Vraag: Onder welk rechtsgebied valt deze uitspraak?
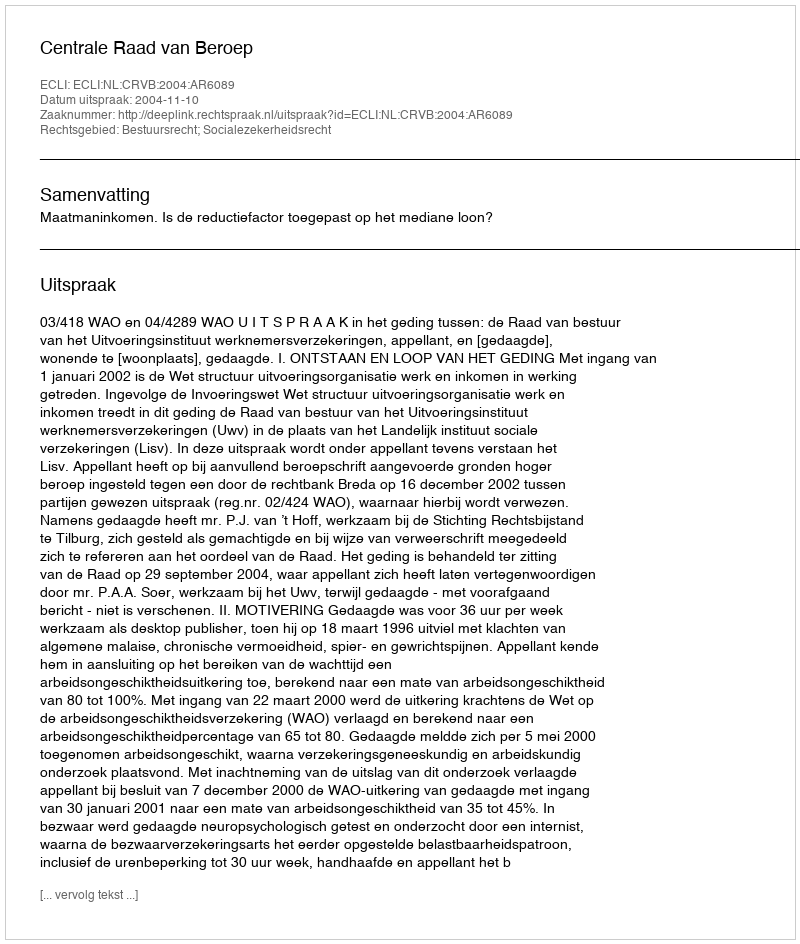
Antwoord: Bestuursrecht; Socialezekerheidsrecht